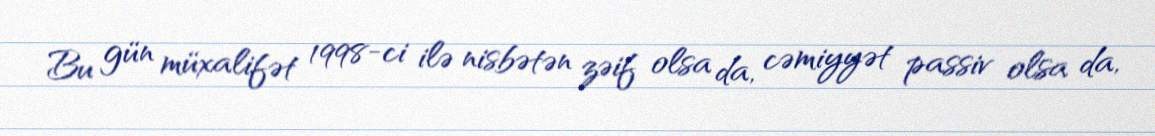
Bu gün müxalifət 1998-ci ilə nisbətən zəif olsa da, cəmiyyət passiv olsa da,